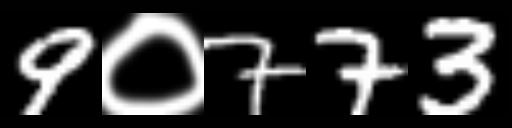
Text: 9०773